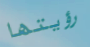
رؤيتها